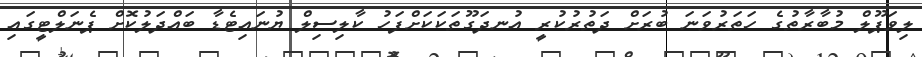
ލިވަޕޫލް މުބާރާތުގެ ހަތަރުވަނަ ބުރަށް ދަތުރުކުރީ އުނދަގޫތަކަކަށްފަހު ކާލިސިލް ޔުނައިޓެޑާ ބައްދަލުކޮށް ޕެނަލްޓީގައި